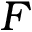
F